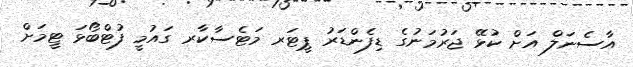
އާސެނަލް އަށް ކުޅޭ ޖަރުމަނުގެ ޑިފެންޑަރު ޕީޓަރ މަޓެސާކާރ ގައުމީ ފުޓްބޯޅަ ޓީމަށް